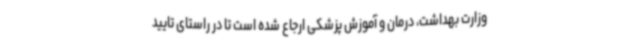
وزارت بهداشت، درمان و آموزش پزشکی ارجاع شده است تا در راستای تایید